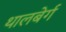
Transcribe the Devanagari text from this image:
थालबेर्ग